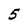
Character: 5